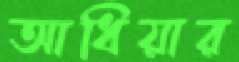
আধিয়ার